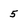
Character: 5